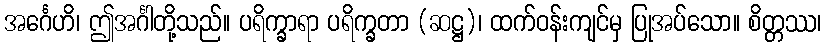
အင်္ဂေဟိ၊ ဤအင်္ဂါတို့သည်။ ပရိက္ခာရာ ပရိက္ခတာ (ဆဋ္ဌ)၊ ထက်ဝန်းကျင်မှ ပြုအပ်သော။ စိတ္တဿ၊